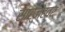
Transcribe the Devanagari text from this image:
सार्जंटवर